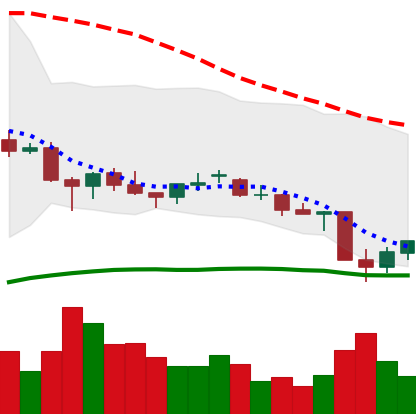
Ticker: EOS-USD
Chart end date: 2021-06-24
Forward return: 5.079%
Label: up_5_7